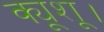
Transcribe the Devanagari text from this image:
क्यूशू।